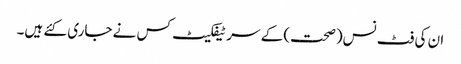
ان کی فٹ نس(صحت) کے سر ٹیفکیٹ کس نے جاری کئے ہیں۔